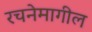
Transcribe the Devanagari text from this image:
रचनेमागील